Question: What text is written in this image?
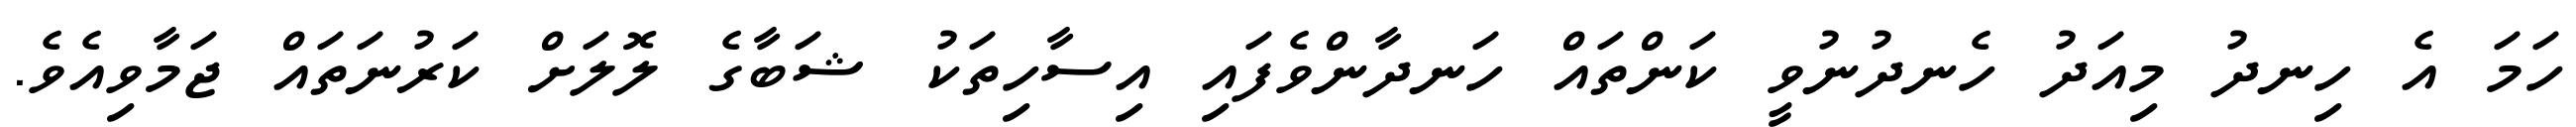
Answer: ހަމަ އެ ހިނދު މިއަދު ހެނދުނުވީ ކަންތައް ހަނދާންވެފައި އިސާހިތަކު ޝަބާގެ ލޮލަށް ކަރުނަތައް ޖަމާވިއެވެ.